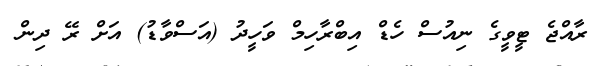
ރާއްޖެ ޓީވީގެ ނިއުސް ހެޑް އިބްރާހިމް ވަހީދު (އަސްވާޑު) އަށް ރޭ ދިން